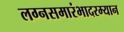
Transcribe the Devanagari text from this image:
लग्नसमारंभादरम्यान